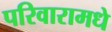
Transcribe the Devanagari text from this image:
परिवारामधे